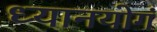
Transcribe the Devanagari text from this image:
ध्यानयोगं